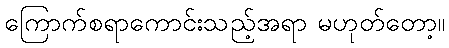
ကြောက်စရာကောင်းသည့်အရာ မဟုတ်တော့။